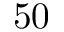
5 0